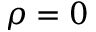
\rho = 0